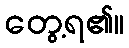
တွေ့ရ၏။